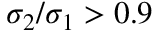
\sigma _ { 2 } / \sigma _ { 1 } > 0 . 9